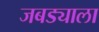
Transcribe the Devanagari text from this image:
जबड्याला